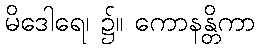
မိဒေါရေ၊ ၌။ ကောနန္တိကာ